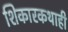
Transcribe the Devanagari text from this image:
शिकारकथाही